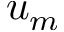
u _ { m }